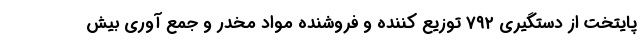
پایتخت از دستگیری ۷۹۲ توزیع کننده و فروشنده مواد مخدر و جمع آوری بیش